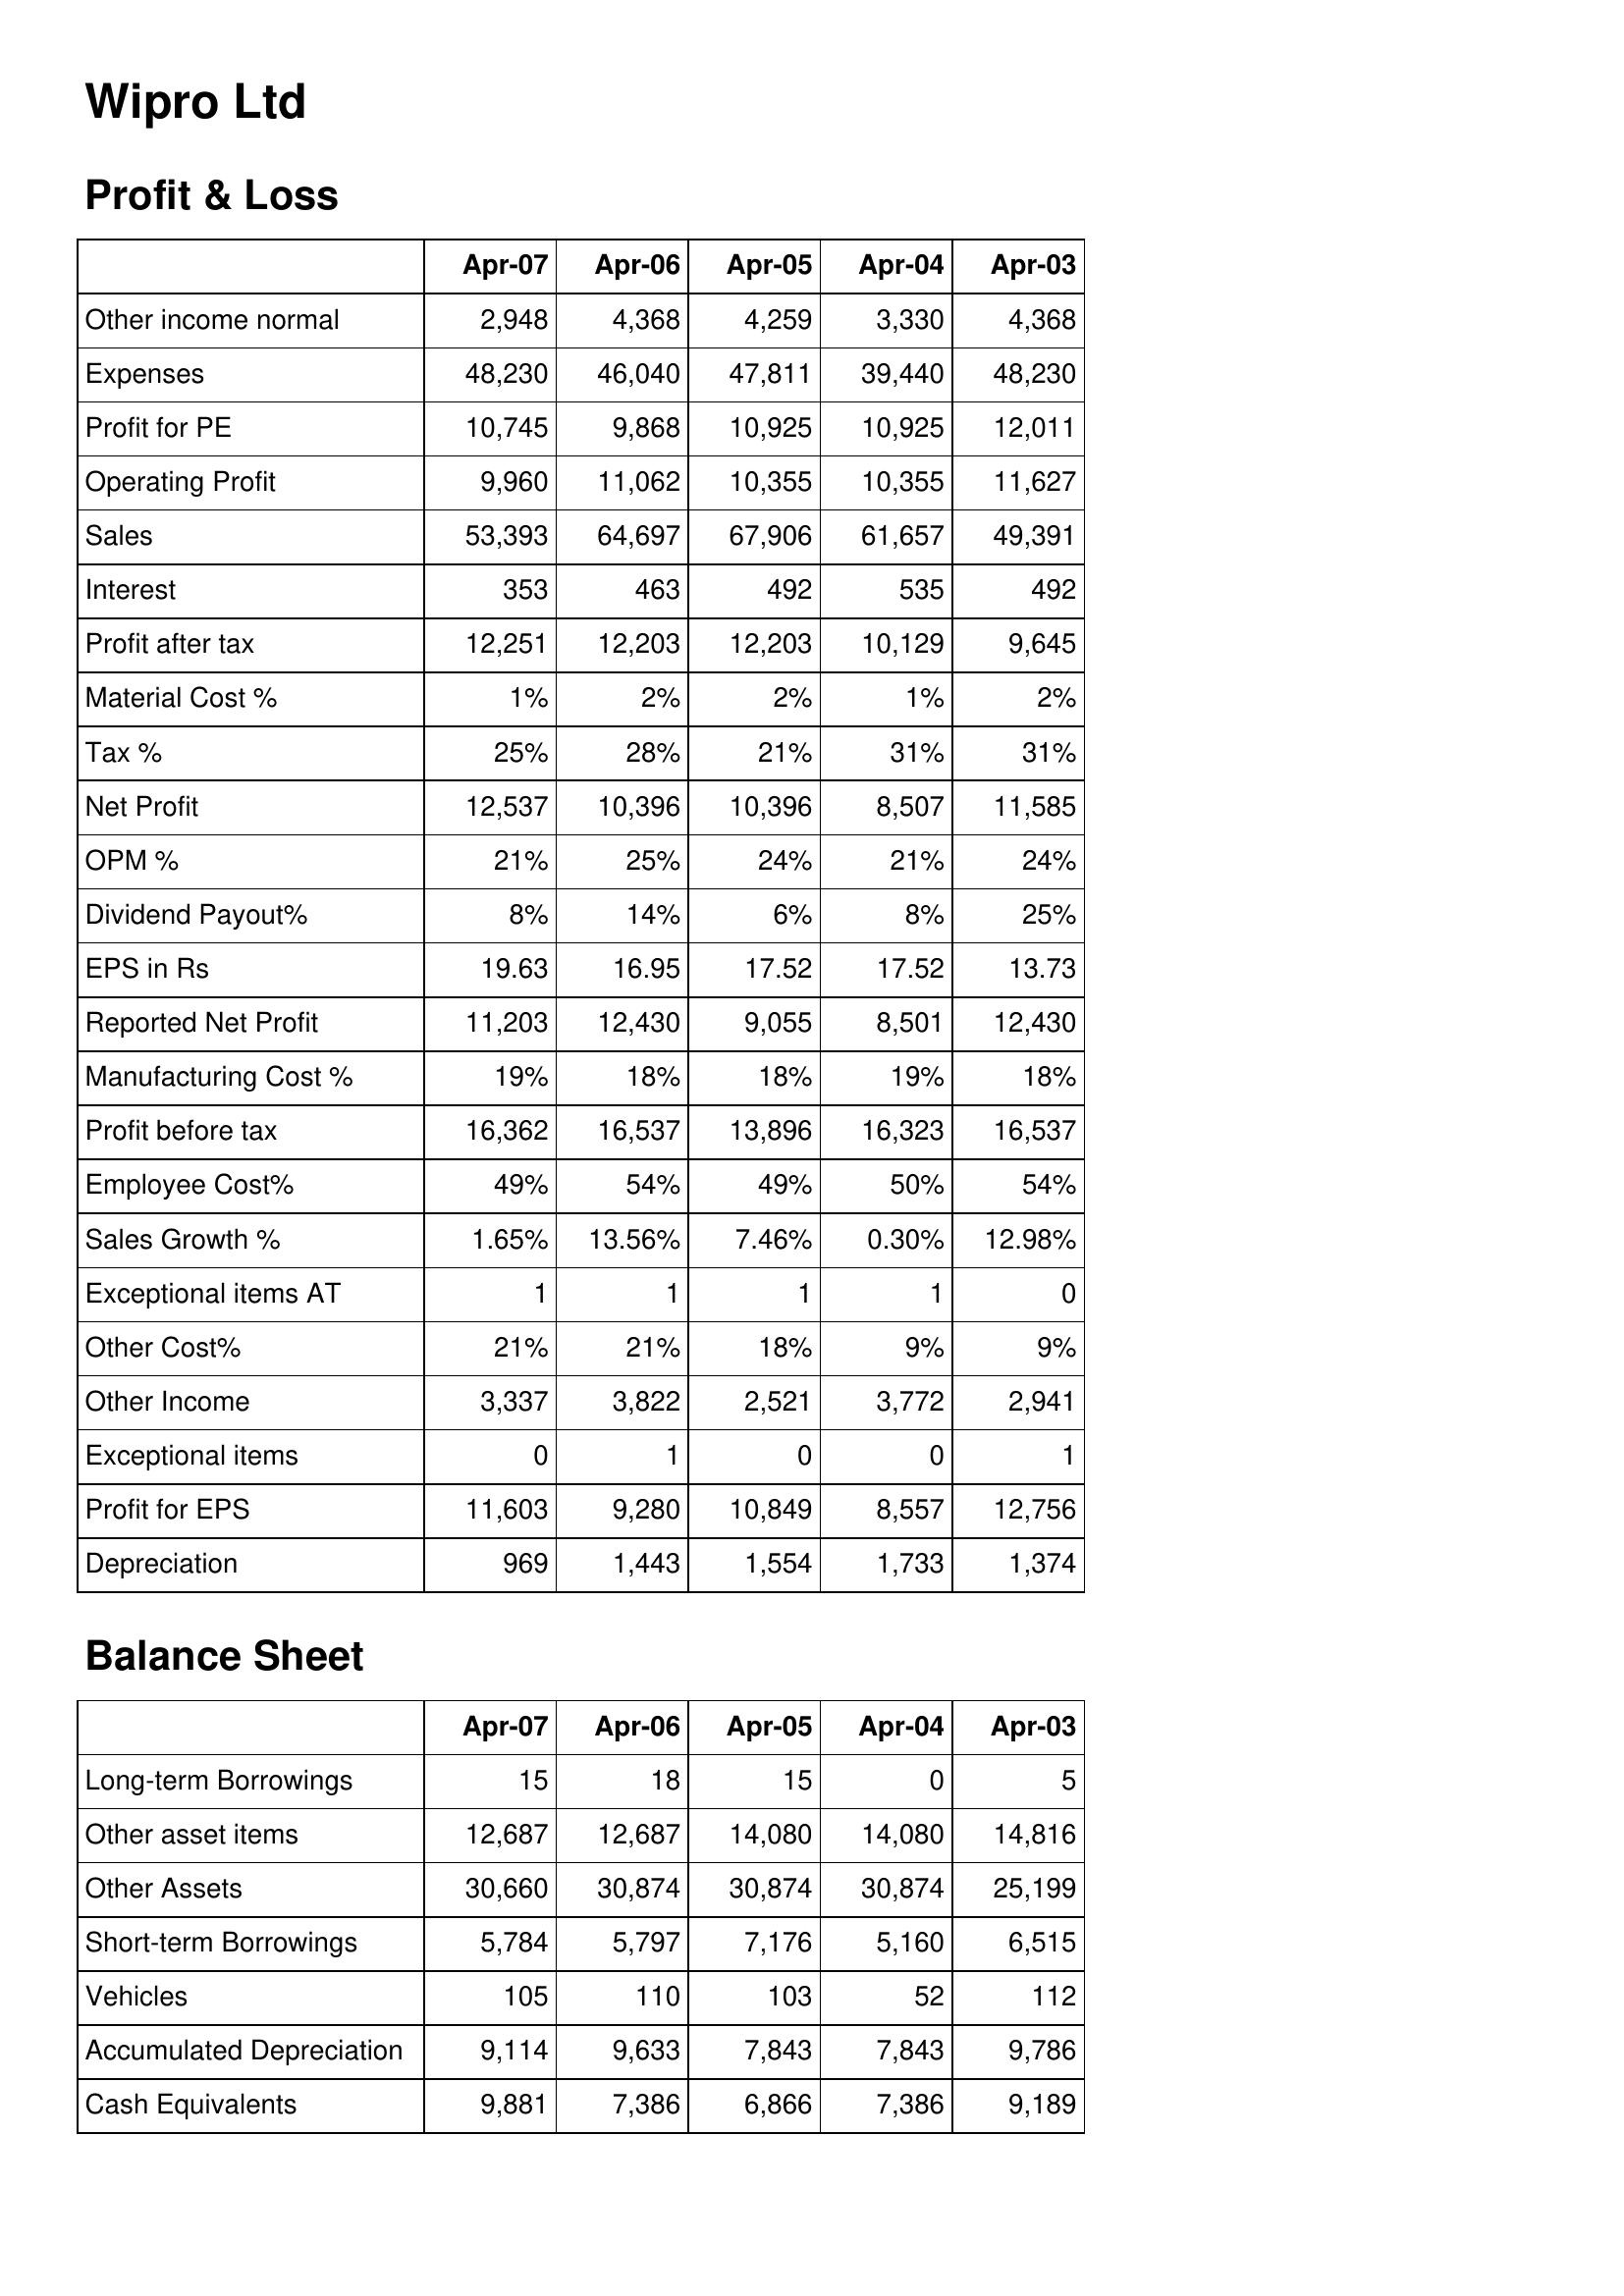
Apr-07: Profit & Loss: Other income normal: 2,948
Expenses: 48,230
Profit for PE: 10,745
Operating Profit: 9,960
Sales: 53,393
Interest: 353
Profit after tax: 12,251
Material Cost %: 1%
Tax %: 25%
Net Profit: 12,537
OPM %: 21%
Dividend Payout%: 8%
EPS in Rs: 19.63
Reported Net Profit: 11,203
Manufacturing Cost %: 19%
Profit before tax: 16,362
Employee Cost%: 49%
Sales Growth %: 1.65%
Exceptional items AT: 1
Other Cost%: 21%
Other Income: 3,337
Exceptional items: 0
Profit for EPS: 11,603
Depreciation: 969
Balance Sheet: Long-term Borrowings: 15
Other asset items: 12,687
Other Assets: 30,660
Short-term Borrowings: 5,784
Vehicles: 105
Accumulated Depreciation: 9,114
Cash Equivalents: 9,881
Apr-06: Profit & Loss: Other income normal: 4,368
Expenses: 46,040
Profit for PE: 9,868
Operating Profit: 11,062
Sales: 64,697
Interest: 463
Profit after tax: 12,203
Material Cost %: 2%
Tax %: 28%
Net Profit: 10,396
OPM %: 25%
Dividend Payout%: 14%
EPS in Rs: 16.95
Reported Net Profit: 12,430
Manufacturing Cost %: 18%
Profit before tax: 16,537
Employee Cost%: 54%
Sales Growth %: 13.56%
Exceptional items AT: 1
Other Cost%: 21%
Other Income: 3,822
Exceptional items: 1
Profit for EPS: 9,280
Depreciation: 1,443
Balance Sheet: Long-term Borrowings: 18
Other asset items: 12,687
Other Assets: 30,874
Short-term Borrowings: 5,797
Vehicles: 110
Accumulated Depreciation: 9,633
Cash Equivalents: 7,386
Apr-05: Profit & Loss: Other income normal: 4,259
Expenses: 47,811
Profit for PE: 10,925
Operating Profit: 10,355
Sales: 67,906
Interest: 492
Profit after tax: 12,203
Material Cost %: 2%
Tax %: 21%
Net Profit: 10,396
OPM %: 24%
Dividend Payout%: 6%
EPS in Rs: 17.52
Reported Net Profit: 9,055
Manufacturing Cost %: 18%
Profit before tax: 13,896
Employee Cost%: 49%
Sales Growth %: 7.46%
Exceptional items AT: 1
Other Cost%: 18%
Other Income: 2,521
Exceptional items: 0
Profit for EPS: 10,849
Depreciation: 1,554
Balance Sheet: Long-term Borrowings: 15
Other asset items: 14,080
Other Assets: 30,874
Short-term Borrowings: 7,176
Vehicles: 103
Accumulated Depreciation: 7,843
Cash Equivalents: 6,866
Apr-04: Profit & Loss: Other income normal: 3,330
Expenses: 39,440
Profit for PE: 10,925
Operating Profit: 10,355
Sales: 61,657
Interest: 535
Profit after tax: 10,129
Material Cost %: 1%
Tax %: 31%
Net Profit: 8,507
OPM %: 21%
Dividend Payout%: 8%
EPS in Rs: 17.52
Reported Net Profit: 8,501
Manufacturing Cost %: 19%
Profit before tax: 16,323
Employee Cost%: 50%
Sales Growth %: 0.30%
Exceptional items AT: 1
Other Cost%: 9%
Other Income: 3,772
Exceptional items: 0
Profit for EPS: 8,557
Depreciation: 1,733
Balance Sheet: Long-term Borrowings: 0
Other asset items: 14,080
Other Assets: 30,874
Short-term Borrowings: 5,160
Vehicles: 52
Accumulated Depreciation: 7,843
Cash Equivalents: 7,386
Apr-03: Profit & Loss: Other income normal: 4,368
Expenses: 48,230
Profit for PE: 12,011
Operating Profit: 11,627
Sales: 49,391
Interest: 492
Profit after tax: 9,645
Material Cost %: 2%
Tax %: 31%
Net Profit: 11,585
OPM %: 24%
Dividend Payout%: 25%
EPS in Rs: 13.73
Reported Net Profit: 12,430
Manufacturing Cost %: 18%
Profit before tax: 16,537
Employee Cost%: 54%
Sales Growth %: 12.98%
Exceptional items AT: 0
Other Cost%: 9%
Other Income: 2,941
Exceptional items: 1
Profit for EPS: 12,756
Depreciation: 1,374
Balance Sheet: Long-term Borrowings: 5
Other asset items: 14,816
Other Assets: 25,199
Short-term Borrowings: 6,515
Vehicles: 112
Accumulated Depreciation: 9,786
Cash Equivalents: 9,189